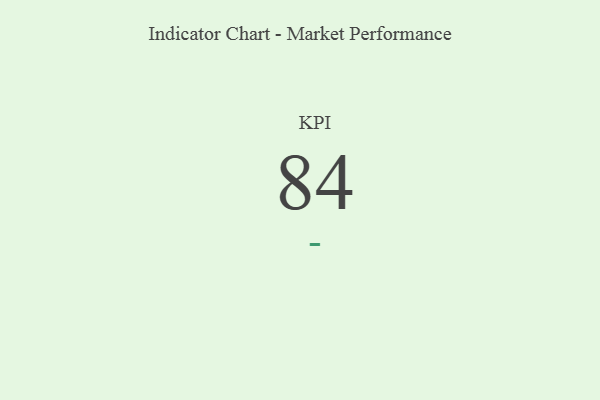
{"axis": {"x": "KPI", "y": "Value"}, "legend": [""], "data": [{"x": "KPI", "y": 84, "type": ""}]}